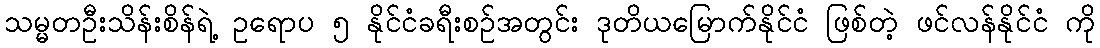
သမ္မတဦးသိန်းစိန်ရဲ့ ဥရောပ ၅ နိုင်ငံခရီးစဉ်အတွင်း ဒုတိယမြောက်နိုင်ငံ ဖြစ်တဲ့ ဖင်လန်နိုင်ငံ ကို